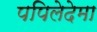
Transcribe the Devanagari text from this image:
पपिलेदेमा